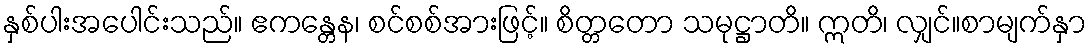
နှစ်ပါးအပေါင်းသည်။ ဧကန္တေန၊ စင်စစ်အားဖြင့်။ စိတ္တတော သမုဋ္ဌာတိ။ ဣတိ၊ လျှင်။စာမျက်နှာ